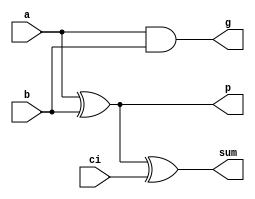
`timescale 1ns/1ns

module PartialFullAdder(a, b, ci, sum, g, p);

input a, b, ci;
output sum, g, p;

assign #10 g = a & b;
assign #5 p = a ^ b;
assign #10 sum = a ^ b ^ ci;

endmodule